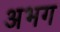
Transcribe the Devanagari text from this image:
अभग